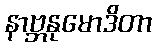
နာဗ္ဘနုမောဒိတာ